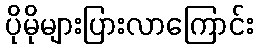
ပိုမိုများပြားလာကြောင်း